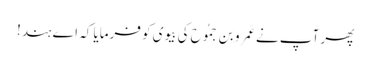
پھر آپ نے عَمرِو بِن جَمُوح کی بیوی کو فرمایا کہ اے ہند!